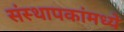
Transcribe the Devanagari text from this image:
संस्थापकांमध्ये